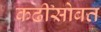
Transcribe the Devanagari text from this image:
कढीसोबत